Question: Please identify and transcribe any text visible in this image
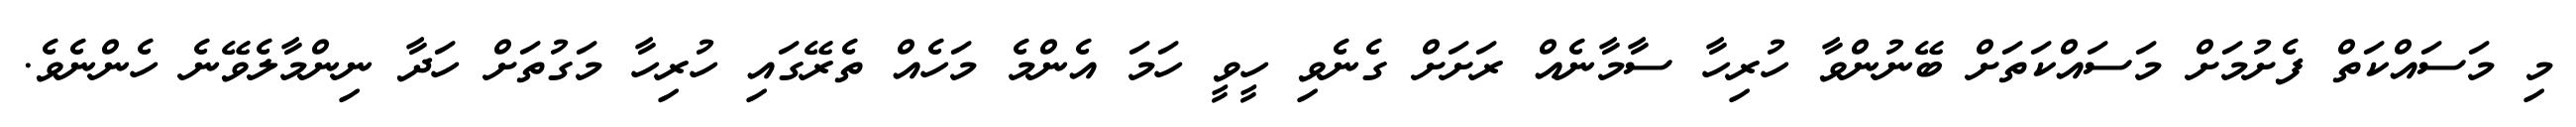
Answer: މި މަސައްކަތް ފެށުމަށް މަސައްކަތަށް ބޭނުންވާ ހުރިހާ ސާމާނެއް ރަށަށް ގެނެވި ހީވީ ހަމަ އެންމެ މަހެއް ތެރޭގައި ހުރިހާ މަގުތަށް ހަދާ ނިންމާލެވޭނެ ހެންނެވެ.